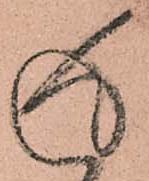
返